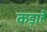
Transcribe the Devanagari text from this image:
कड़ाहें